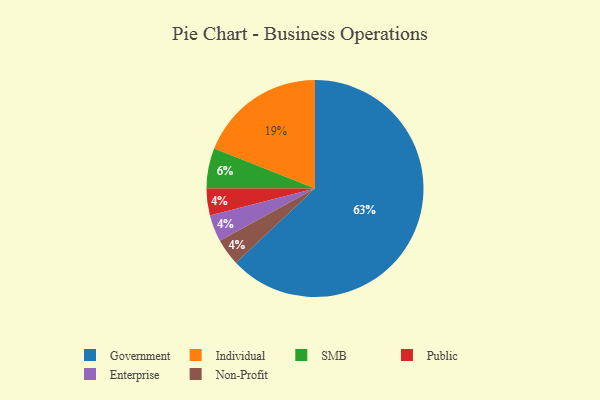
{"axis": {"x": "Category", "y": "Percentage"}, "legend": ["Enterprise", "Government", "Individual", "Non-Profit", "Public", "SMB"], "data": [{"x": "Individual", "y": 19, "type": "Individual"}, {"x": "Public", "y": 4, "type": "Public"}, {"x": "SMB", "y": 6, "type": "SMB"}, {"x": "Government", "y": 63, "type": "Government"}, {"x": "Enterprise", "y": 4, "type": "Enterprise"}, {"x": "Non-Profit", "y": 4, "type": "Non-Profit"}]}